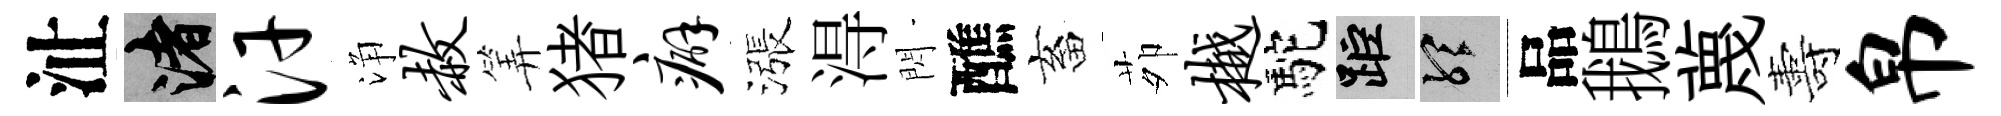
沚渚汗浄赦筭猪癖漲淂閃醮畜茆樾駝距聽品鵝蔑夀帛